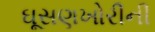
ઘૂસણખોરીની